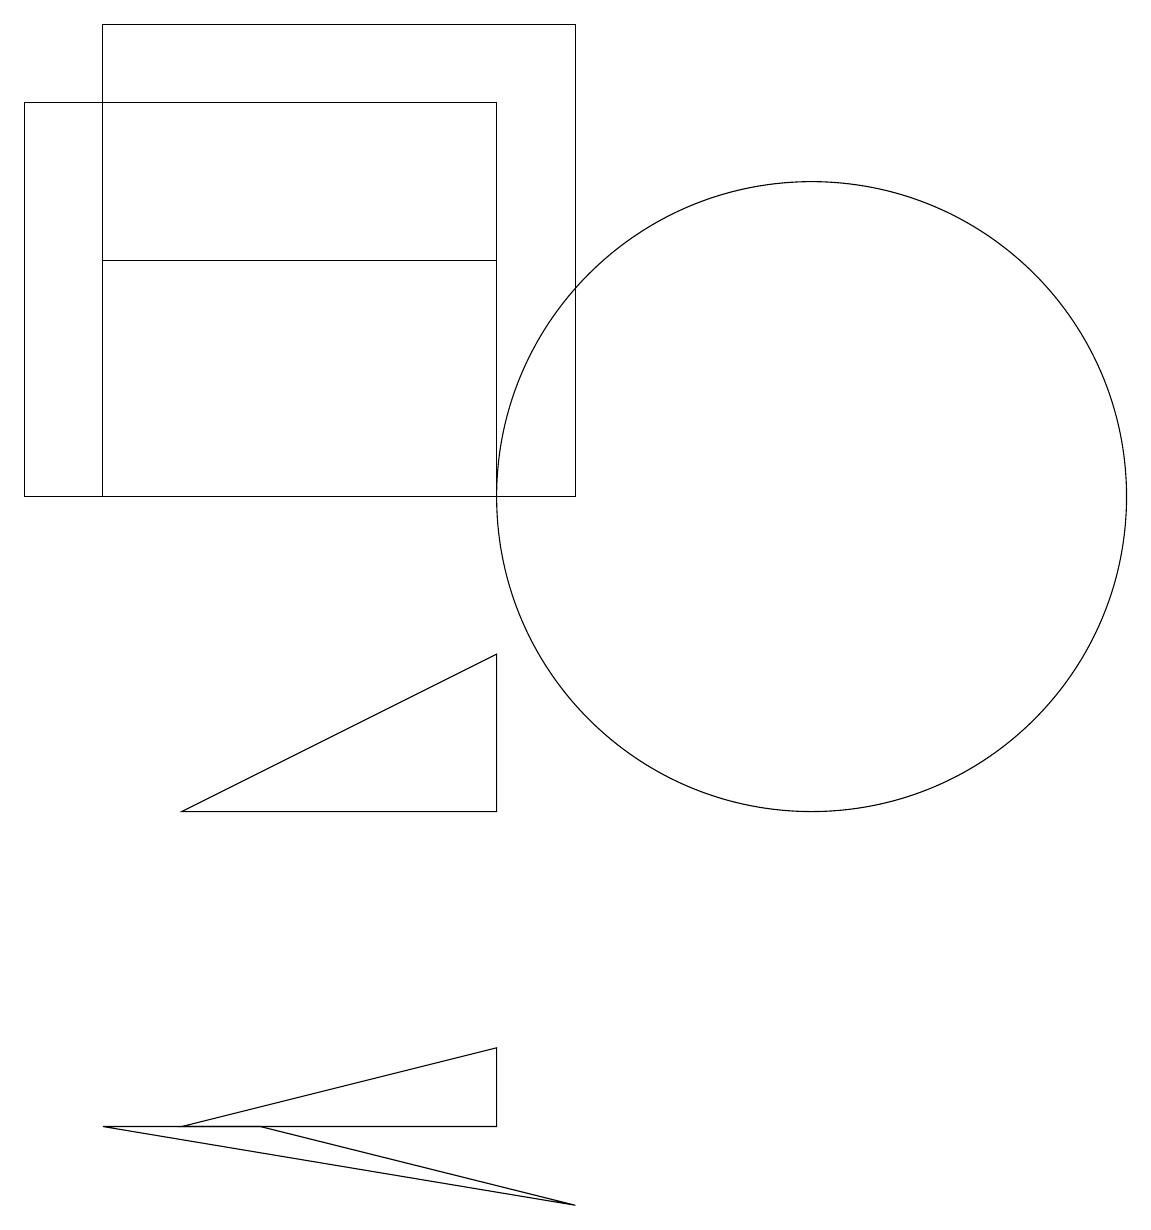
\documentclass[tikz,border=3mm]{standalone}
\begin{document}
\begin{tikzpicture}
\draw (6,10) rectangle (0,15);
\draw (6,8) -- (6,6) -- (2,6) -- cycle;
\draw (2,2) -- (6,2) -- (6,3) -- cycle;
\draw (1,10) rectangle (7,16);
\draw (11,12) circle (0);
\draw (10,10) circle (4);
\draw (6,13) rectangle (1,10);
\draw (3,2) -- (7,1) -- (1,2) -- cycle;
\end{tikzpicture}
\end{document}